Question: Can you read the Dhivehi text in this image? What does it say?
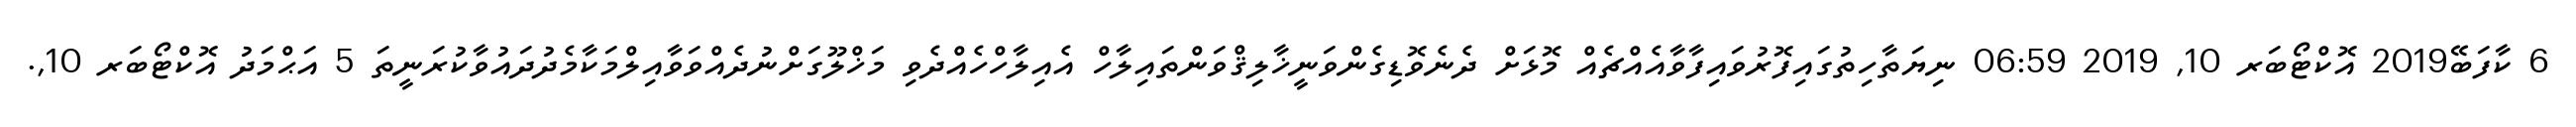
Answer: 6 ކާފަބޭ2019 އޮކްޓޯބަރ 10, 2019 06:59 ނިޔަތާހިތުގައިފޮރުވައިފާވާއެއްޗެއް މޮޅަށް ދެނެވޮޑިގެންވަނީޚާލިޤްވަންތައިލާހް އެއިލާހްހެއްދެވި މަޚްލޫގަށްނުދެއްވަވާއިލްމަކާމެދުދައުވާކުރަނީތަ 5 އަޙްމަދު އޮކްޓޯބަރ 10,.